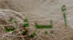
أيرون